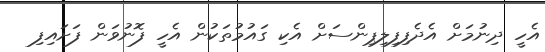
އެހީ ދިނުމަށް އެދެފިފިލިޕިންސަށް އެކި ގައުމުތަކުން އެހީ ފޮނުވަން ފަށައިފި